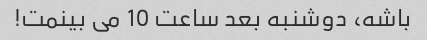
باشه، دوشنبه بعد ساعت 10 می بینمت!